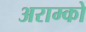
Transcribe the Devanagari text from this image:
अराम्को